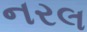
નરલ